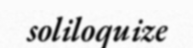
soliloquize